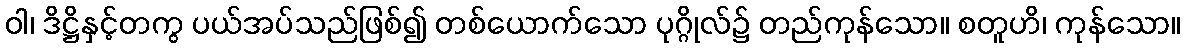
ဝါ၊ ဒိဋ္ဌိနှင့်တကွ ပယ်အပ်သည်ဖြစ်၍ တစ်ယောက်သော ပုဂ္ဂိုလ်၌ တည်ကုန်သော။ စတူဟိ၊ ကုန်သော။